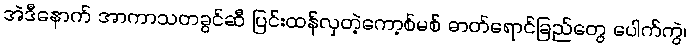
အဲဒီနောက် အာကာသတခွင်ဆီ ပြင်းထန်လှတဲ့ကော့စ်မစ် ဓာတ်ရောင်ခြည်တွေ ပေါက်ကွဲ၊